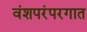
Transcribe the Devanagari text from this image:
वंशपरंपरगात